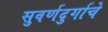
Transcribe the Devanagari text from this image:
सुवर्णदुर्गाचे